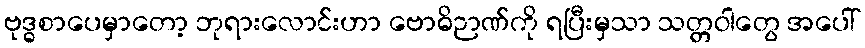
ဗုဒ္ဓစာပေမှာတော့ ဘုရားလောင်းဟာ ဗောဓိဉာဏ်ကို ရပြီးမှသာ သတ္တဝါတွေ အပေါ်